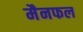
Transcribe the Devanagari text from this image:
मैनफल